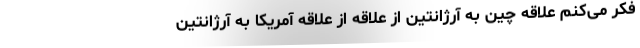
فکر می‌‌کنم علاقه چین به آرژانتین از علاقه از علاقه آمریکا به آرژانتین